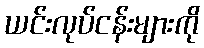
ယင်းလုပ်ငန်းများကို